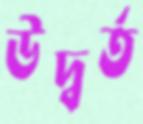
উদ্বর্ত